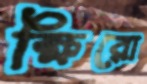
ক্ষিরো